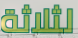
لثلاثة